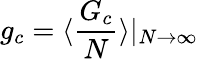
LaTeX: g_{c}=\langle\frac{G_{c}}{N}\rangle|_{N\to\infty}